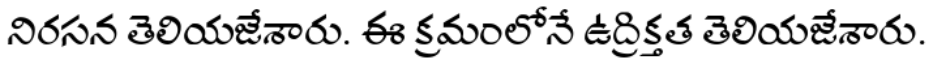
నిరసన తెలియజేశారు. ఈ క్రమంలోనే ఉద్రిక్తత తెలియజేశారు.